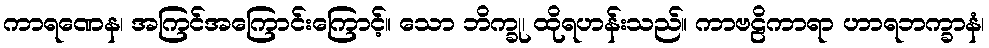
ကာရဏေန၊ အကြင်အကြောင်းကြောင့်။ သော ဘိက္ခု၊ ထိုရဟန်းသည်။ ကာဗဠိကာရာ ဟာရဘက္ခာနံ၊